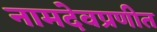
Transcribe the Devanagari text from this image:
नामदेवप्रणीत